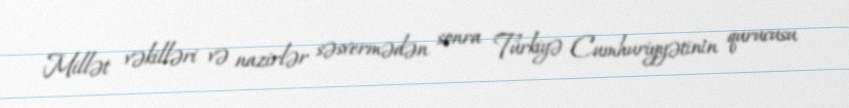
Millət vəkilləri və nazirlər səsvermədən sonra Türkiyə Cumhuriyyətinin qurucusu